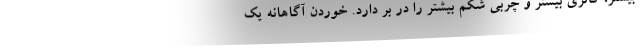
بیشتر، کالری بیشتر و چربی شکم بیشتر را در بر دارد. خوردن آگاهانه یک